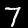
Label: 7